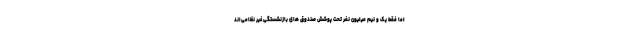
اما فقط یک و نیم میلیون نفر تحت پوشش صندوق های بازنشستگی غیر نظامی‌اند